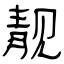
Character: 靓